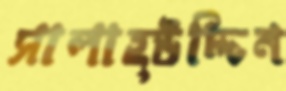
সালাহ্উদ্দিন